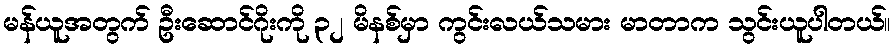
မန်ယူအတွက် ဦးဆောင်ဂိုးကို ၃၂ မိနစ်မှာ ကွင်းလယ်သမား မာတာက သွင်းယူပါတယ်။